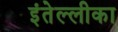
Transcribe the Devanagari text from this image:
इंतेल्लीका